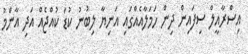
އިސްރާއީލް ސިފައިން ދިން ހަމަލާއެއްގައި އަނިޔާ ލިބުނު ކުޑަ ކުއްޖެއް އަދި އާންމު